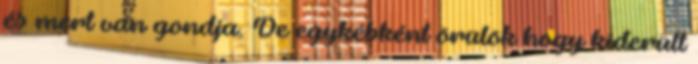
és mert van gondja. De egykébként örülök hogy kiderült